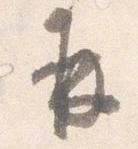
并